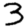
Digit: 3